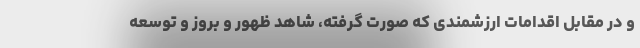
و در مقابل اقدامات ارزشمندی که صورت گرفته، شاهد ظهور و بروز و توسعه